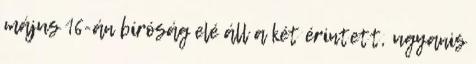
május 16-án bíróság elé áll a két érintett, ugyanis